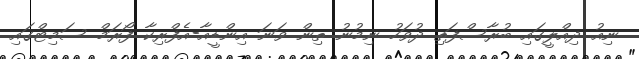
ނިއު ދިއްލީގައި ބުރާސްފަތި ދުވަހު ނިމުނު ތިން ވަނަ އިންޑީއާ-އެފްރިކާ ފޯރަމް ސަމިޓްގައި